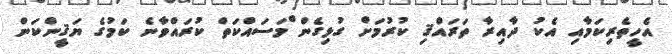
އެހީތެރިކަމާއި އެކު ދާއިރާ ތަރައްޤި ކުރުމަށް ގުޅިގެން ްމަސައްކަތް ކުރައްވާނެ ކަމުގެ ޔަޤީންކަން